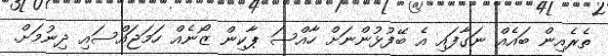
ތެރެއިން ބައެއް ނަގާފައި އެ ބޭފުޅުންނަށް ހާއްސަ ޕާކިން ޒޯނެއް ހަމަޖައްސައި ދިނުމަށް.